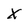
Character: X